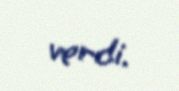
verdi.